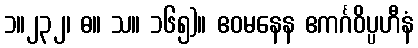
၁။၂၃၂၊ ဓ။ သ။ ၁၆၅)။ ဧဝမနေန ဧကင်္ဂဝိပ္ပဟီနံ